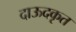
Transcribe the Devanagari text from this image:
दाऊदकृत